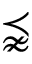
\precnapprox